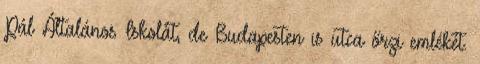
Pál Általános Iskolát, de Budapesten is utca őrzi emlékét.